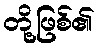
တို့ဖြစ်၏